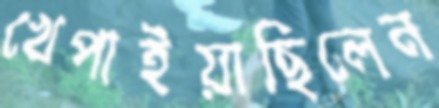
খেপাইয়াছিলেন